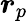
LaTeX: \boldsymbol{r}_{p}